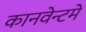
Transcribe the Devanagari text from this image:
कानवेन्टमे